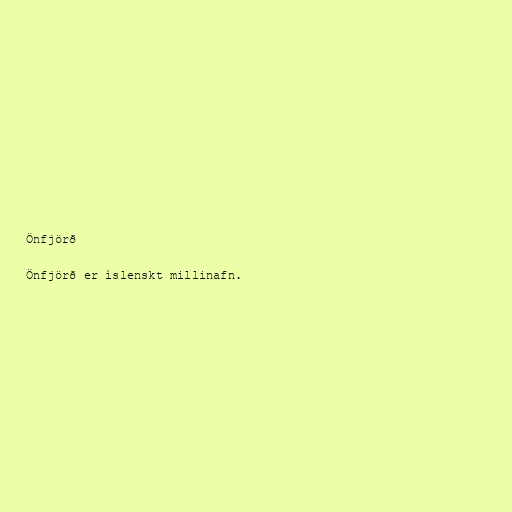
Önfjörð

Önfjörð er íslenskt millinafn.